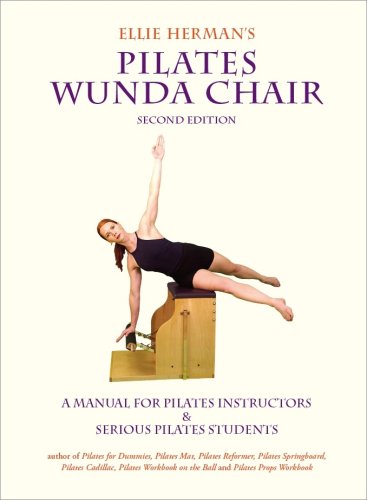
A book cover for Ellie Herman's Pilates Wunda Chair; Ellie Herman; Health, Fitness & Dieting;